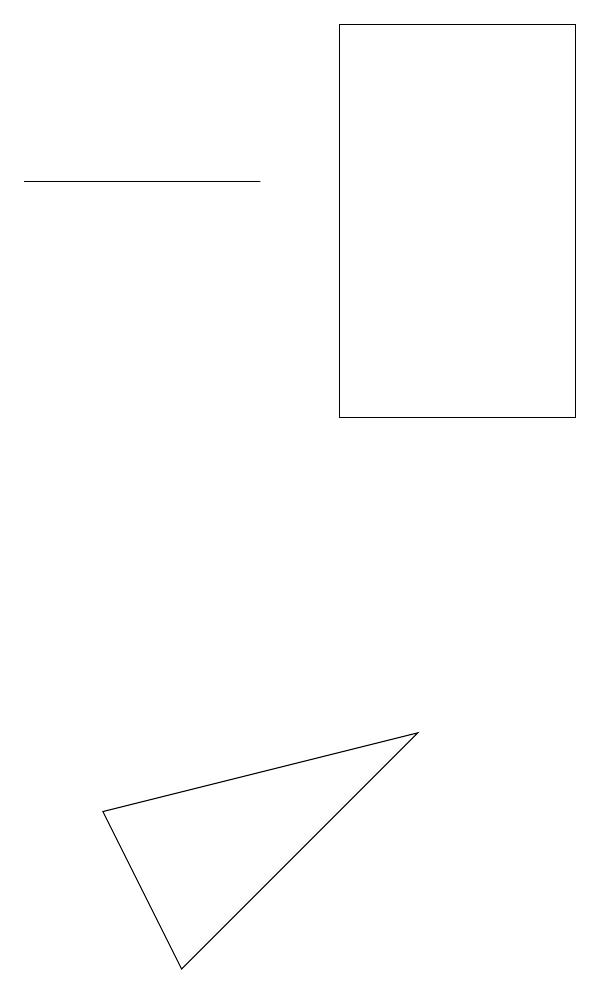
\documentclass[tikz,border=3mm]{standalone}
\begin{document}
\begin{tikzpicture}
\draw (0,13) rectangle (3,13);
\draw (7,15) rectangle (4,10);
\draw (5,6) -- (2,3) -- (1,5) -- cycle;
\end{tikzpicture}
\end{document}